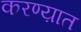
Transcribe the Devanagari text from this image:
करण्य़ात